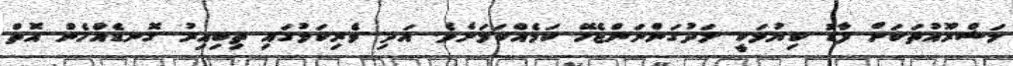
މަޝްރޫއުތަކަށް ފާޑު ކިޔުމަކީ ލަދުގަންނަންޖެހޭ ކަމެއްކަމަށެވެ. އަދި ވެރިކަމުގައި ތިބިއިރު ގޮނޑެއްހެން އޮތް